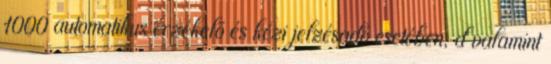
1000 automatikus érzékelõ és kézi jelzésadó esetében, d valamint